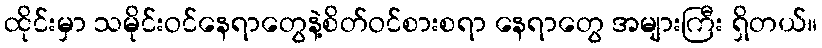
ထိုင်းမှာ သမိုင်းဝင်နေရာတွေနဲ့စိတ်ဝင်စားစရာ နေရာတွေ အများကြီး ရှိတယ်။